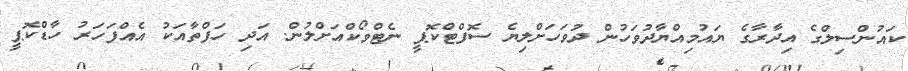
ކައުންސިލްގެ އިދާރާގެ ޔައުމިއްޔާދުވަހުން ދުވަހަށްލިޔެ ސޮފްޓްކޮޕީ ނެޓްވޯކްއަށްލުން. އަދި ހަފްތާއަކު އެއްފަހަރު ހާޑްކޮޕީ